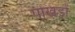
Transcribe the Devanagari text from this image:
पोखड़ों